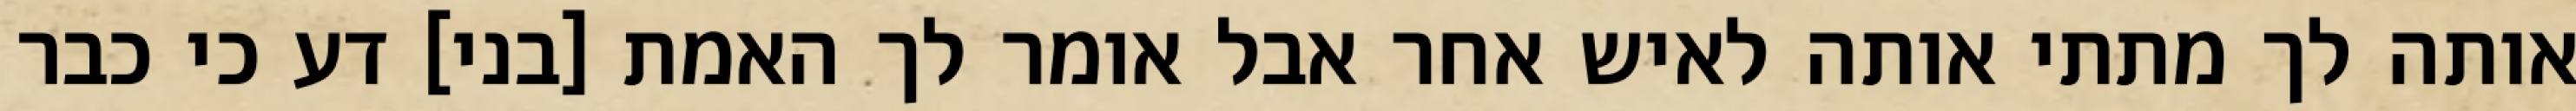
אותה לך מתתי אותה לאיש אחר אבל אומר לך האמת [בני] דע כי כבר